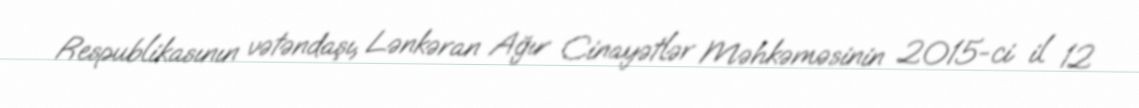
Respublikasının vətəndaşı, Lənkəran Ağır Cinayətlər Məhkəməsinin 2015-ci il 12